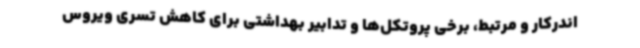
اندرکار و مرتبط، برخی پروتکل‌ها و تدابیر بهداشتی برای کاهش تسری ویروس